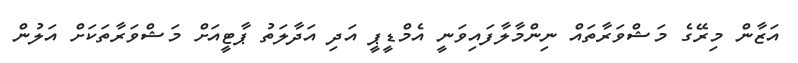
އަޒާން މިރޭގެ މަޝްވަރާތައް ނިންމާލާފައިވަނީ އެމްޑީޕީ އަދި އަދާލަތު ޕާޓީއަށް މަޝްވަރާތަކަށް އަލުން